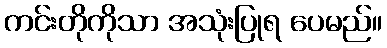
ကင်းတိုကိုသာ အသုံးပြုရ ပေမည်။